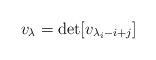
LaTeX: \begin{align*}v_{\lambda} = \det[v_{\lambda_i - i + j}]\end{align*}